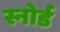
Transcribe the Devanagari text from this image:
स्नोर्ड